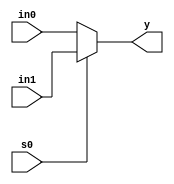
// SB : Task 1A Combinational Circuit
/*
Instructions
-------------------
Students are not allowed to make any changes in the Module declaration.
This file is used to design 2:1 Multiplexer.

Recommended Quartus Version : 19.1
The submitted project file must be 19.1 compatible as the evaluation will be done on Quartus Prime Lite 19.1.

Warning: The error due to compatibility will not be entertained.
			Do not make any changes to Test_Bench_Vector.txt file. Violating will result into Disqualification.
-------------------
*/

//2:1 MUX design
//Inputs	: i1(MSB), io(LSB) & select line(s0)
//Output	: y

//////////////////DO NOT MAKE ANY CHANGES IN MODULE//////////////////
module Mux_2_to_1(
	input		in1,       //INPUT i1 (MSB)
	input		in0,		 //INPUT i0
	input		s0,		 //SELECT INPUT s0(LSB)
	output reg	y		 //OUTPUT y
);


////////////////////////WRITE YOUR CODE FROM HERE//////////////////// 
always @(*) 
if(s0==1'b0)
y=in0;
else
y=in1;	
////////////////////////YOUR CODE ENDS HERE//////////////////////////
endmodule
///////////////////////////////MODULE ENDS///////////////////////////